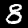
Label: 8